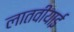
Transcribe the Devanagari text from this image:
लातवीयाई